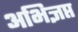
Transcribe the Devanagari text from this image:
अभिज्ञप्त